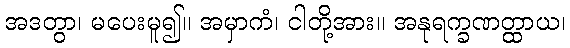
အဒတွာ၊ မပေးမူ၍။ အမှာကံ၊ ငါတို့အား။ အနုရက္ခဏတ္ထာယ၊